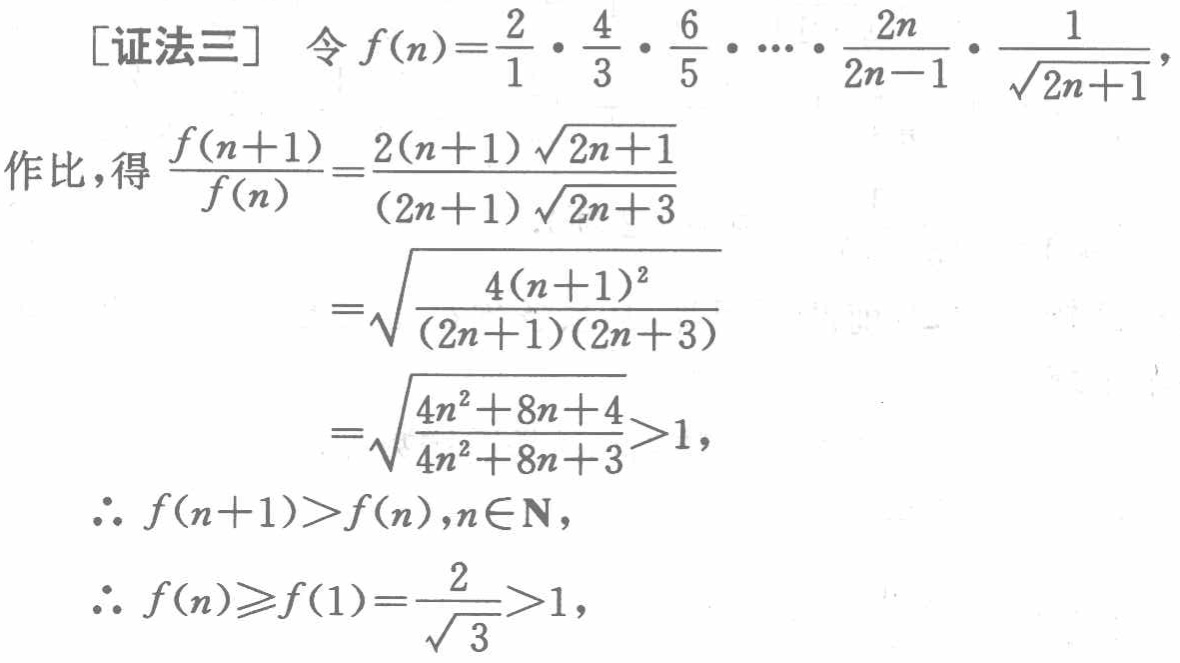
[证法三] 令 \(f(n)=\frac{2}{1} \cdot \frac{4}{3} \cdot \frac{6}{5} \cdot \cdots \cdot \frac{2n}{2n - 1} \cdot \frac{1}{\sqrt{2n + 1}}\)，
作比，得 \(\frac{f(n + 1)}{f(n)}=\frac{2(n + 1)\sqrt{2n + 1}}{(2n + 1)\sqrt{2n + 3}}\)
\(=\sqrt{\frac{4(n + 1)^2}{(2n + 1)(2n + 3)}}\)
\(=\sqrt{\frac{4n^2 + 8n + 4}{4n^2 + 8n + 3}}>1\)，
\(\therefore f(n + 1)>f(n),n\in\mathbf{N}\)，
\(\therefore f(n)\geqslant f(1)=\frac{2}{\sqrt{3}}>1\)，